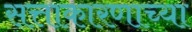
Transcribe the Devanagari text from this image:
सत्ताकारणाच्या